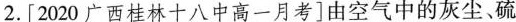
2.[2020广西桂林十八中高一月考]由空气中的灰尘、硫